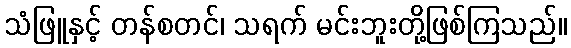
သံဖြူနှင့် တန်စတင်၊ သရက် မင်းဘူးတို့ဖြစ်ကြသည်။